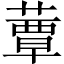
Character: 蕈